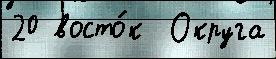
20 восто́к  Округа